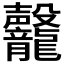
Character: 𪚣